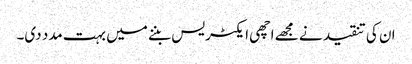
ان کی تنقید نے مجھے اچھی ایکٹریس بننے میں بہت مدد دی۔